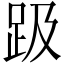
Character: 趿